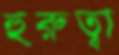
হুরুত্বা